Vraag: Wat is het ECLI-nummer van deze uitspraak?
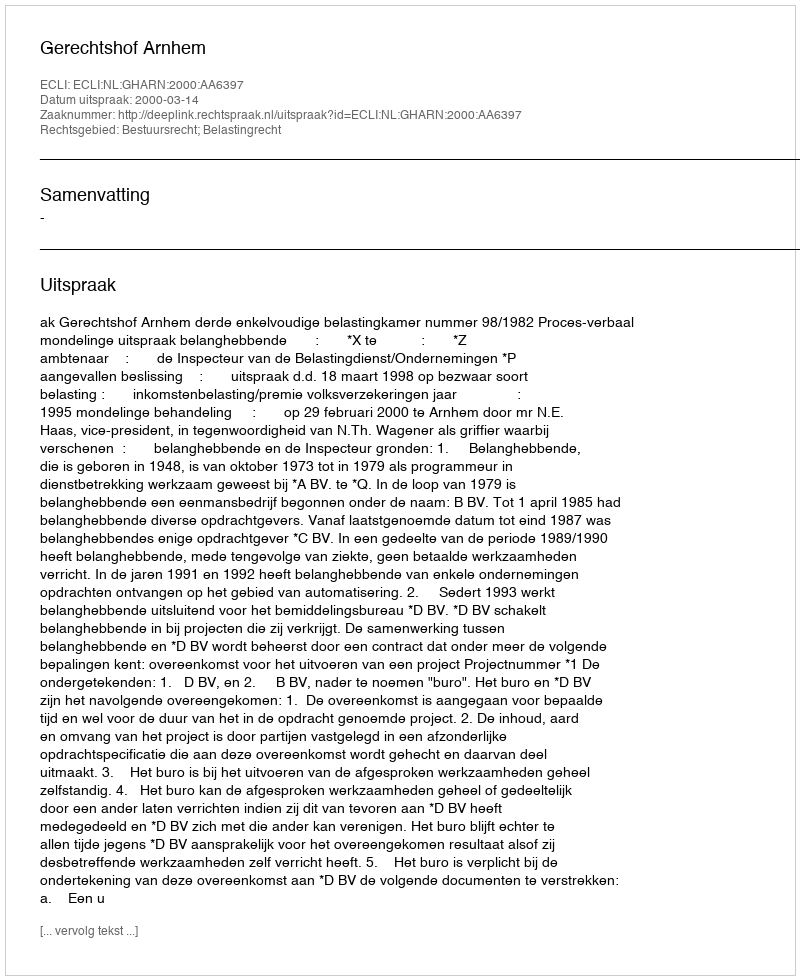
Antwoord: ECLI:NL:GHARN:2000:AA6397